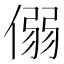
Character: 𪝟